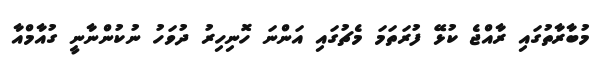
މުބާރާތުގައި ރާއްޖެ ކުޅޭ ފުރަތަމަ މެޗުގައި އަންނަ ހޮނިހިރު ދުވަހު ނުކުންނާނީ ގުއާމްއާ